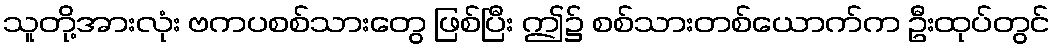
သူတို့အားလုံး ဗကပစစ်သားတွေ ဖြစ်ပြီး ဤ၌ စစ်သားတစ်ယောက်က ဦးထုပ်တွင်